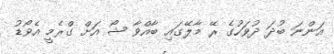
އަންނަ ބުދަ ދުވަހުގެ ރޭ މާލޭގައި ބާއްވާ ޝޯ އަށް ގްރެމީ އެވޯޑު